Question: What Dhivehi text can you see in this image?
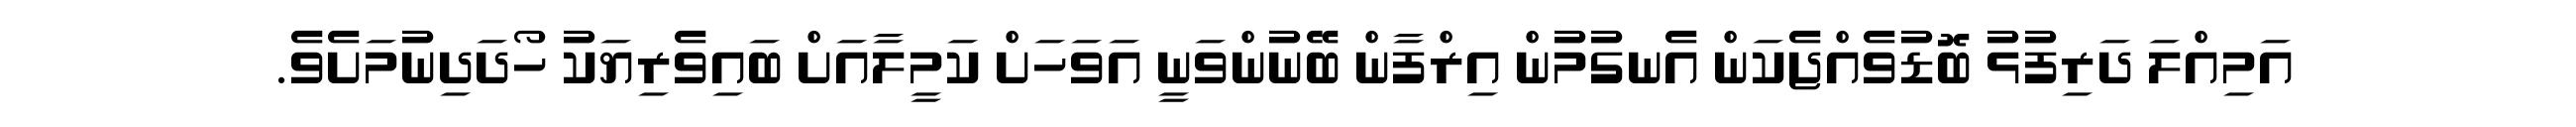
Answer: އަމިއްލަ ދަރިފުޅު ބޮޑުވެއްޖެކަން އެނގުމުން އިރްފާން ބޭނުންވަނީ އަވަހަށް ކަމީލާއަށް ބައިވެރިޔަކު ހޯދަދިނުމަށެވެ.